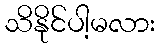
သိနိုင်ပါ့မလား